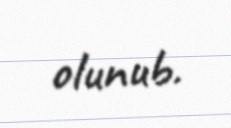
olunub.